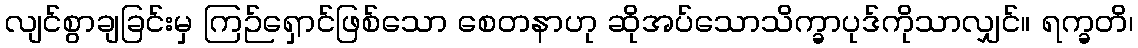
လျင်စွာချခြင်းမှ ကြဉ်ရှောင်ဖြစ်သော စေတနာဟု ဆိုအပ်သောသိက္ခာပုဒ်ကိုသာလျှင်။ ရက္ခတိ၊